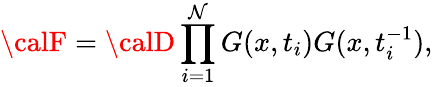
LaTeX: {\calF}={\calD}\prod_{i=1}^{\mathcal{N}}G(x,t_{i})G(x,t_{i}^{-1}),